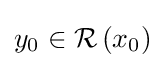
y_{0}\in {\mathcal {R}}\left(x_{0}\right)